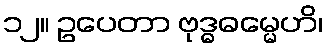
၁၂။ ဥပေတာ ဗုဒ္ဓဓမ္မေဟိ၊